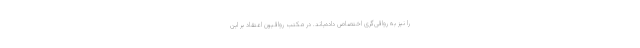
را نیز به رواقی‌گری اختصاص داده‌‌یاند. در مکتب رواقیون اعتقاد بر این